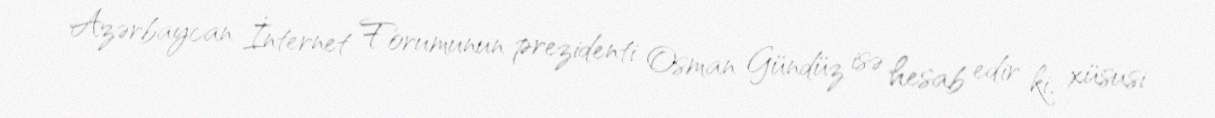
Azərbaycan İnternet Forumunun prezidenti Osman Gündüz isə hesab edir ki, xüsusi